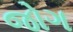
જોગ